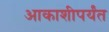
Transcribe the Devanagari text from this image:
आकाशीपर्यंत